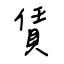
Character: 賃